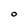
Character: 0